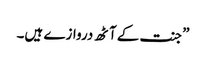
”جنت کے آٹھ دروازے ہیں۔